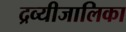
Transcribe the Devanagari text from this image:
द्रव्यीजालिका